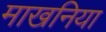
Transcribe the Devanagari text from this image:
माखनिया